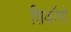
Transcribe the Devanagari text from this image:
शिकॉगो